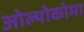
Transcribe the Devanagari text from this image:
ओल्योकोमा